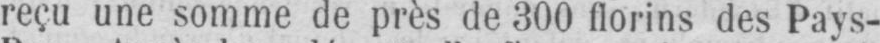
reçu une somme de près de 300 florins des Pays-